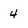
Character: 4